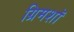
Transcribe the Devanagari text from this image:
ग्रिमशॉ